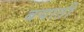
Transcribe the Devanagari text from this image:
बयाती